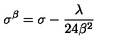
\sigma ^ { \beta } = \sigma - \frac { \lambda } { 2 4 \beta ^ { 2 } }